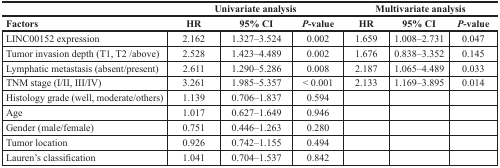
<table><thead><tr><td></td><td colspan="3"><b>Univariate analysis</b></td><td colspan="3"><b>Multivariate analysis</b></td></tr><tr><td><b>Factors</b></td><td><b>HR</b></td><td><b>95% CI</b></td><td><b><i>P</i>-value</b></td><td><b>HR</b></td><td><b>95% CI</b></td><td><b><i>P</i>-value</b></td></tr></thead><tbody><tr><td>LINC00152 expression</td><td>2.162</td><td>1.327–3.524</td><td>0.002</td><td>1.659</td><td>1.008–2.731</td><td>0.047</td></tr><tr><td>Tumor invasion depth (T1, T2/above)</td><td>2.528</td><td>1.423–4.489</td><td>0.002</td><td>1.676</td><td>0.838–3.352</td><td>0.145</td></tr><tr><td>Lymphatic metastasis (absent/present)</td><td>2.611</td><td>1.290–5.286</td><td>0.008</td><td>2.187</td><td>1.065–4.489</td><td>0.033</td></tr><tr><td>TNM stage (I/II, III/IV)</td><td>3.261</td><td>1.985–5.357</td><td>&lt; 0.001</td><td>2.133</td><td>1.169–3.895</td><td>0.014</td></tr><tr><td>Histology grade(well, moderate/others)</td><td>1.139</td><td>0.706–1.837</td><td>0.594</td><td></td><td></td><td></td></tr><tr><td>Age</td><td>1.017</td><td>0.627–1.649</td><td>0.946</td><td></td><td></td><td></td></tr><tr><td>Gender (male/female)</td><td>0.751</td><td>0.446–1.263</td><td>0.280</td><td></td><td></td><td></td></tr><tr><td>Tumor location</td><td>0.926</td><td>0.742–1.155</td><td>0.494</td><td></td><td></td><td></td></tr><tr><td>Lauren&#x27;s classification</td><td>1.041</td><td>0.704–1.537</td><td>0.842</td><td></td><td></td><td></td></tr></tbody></table>